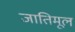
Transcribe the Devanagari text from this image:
जातिमूल